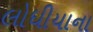
લોધીયાના